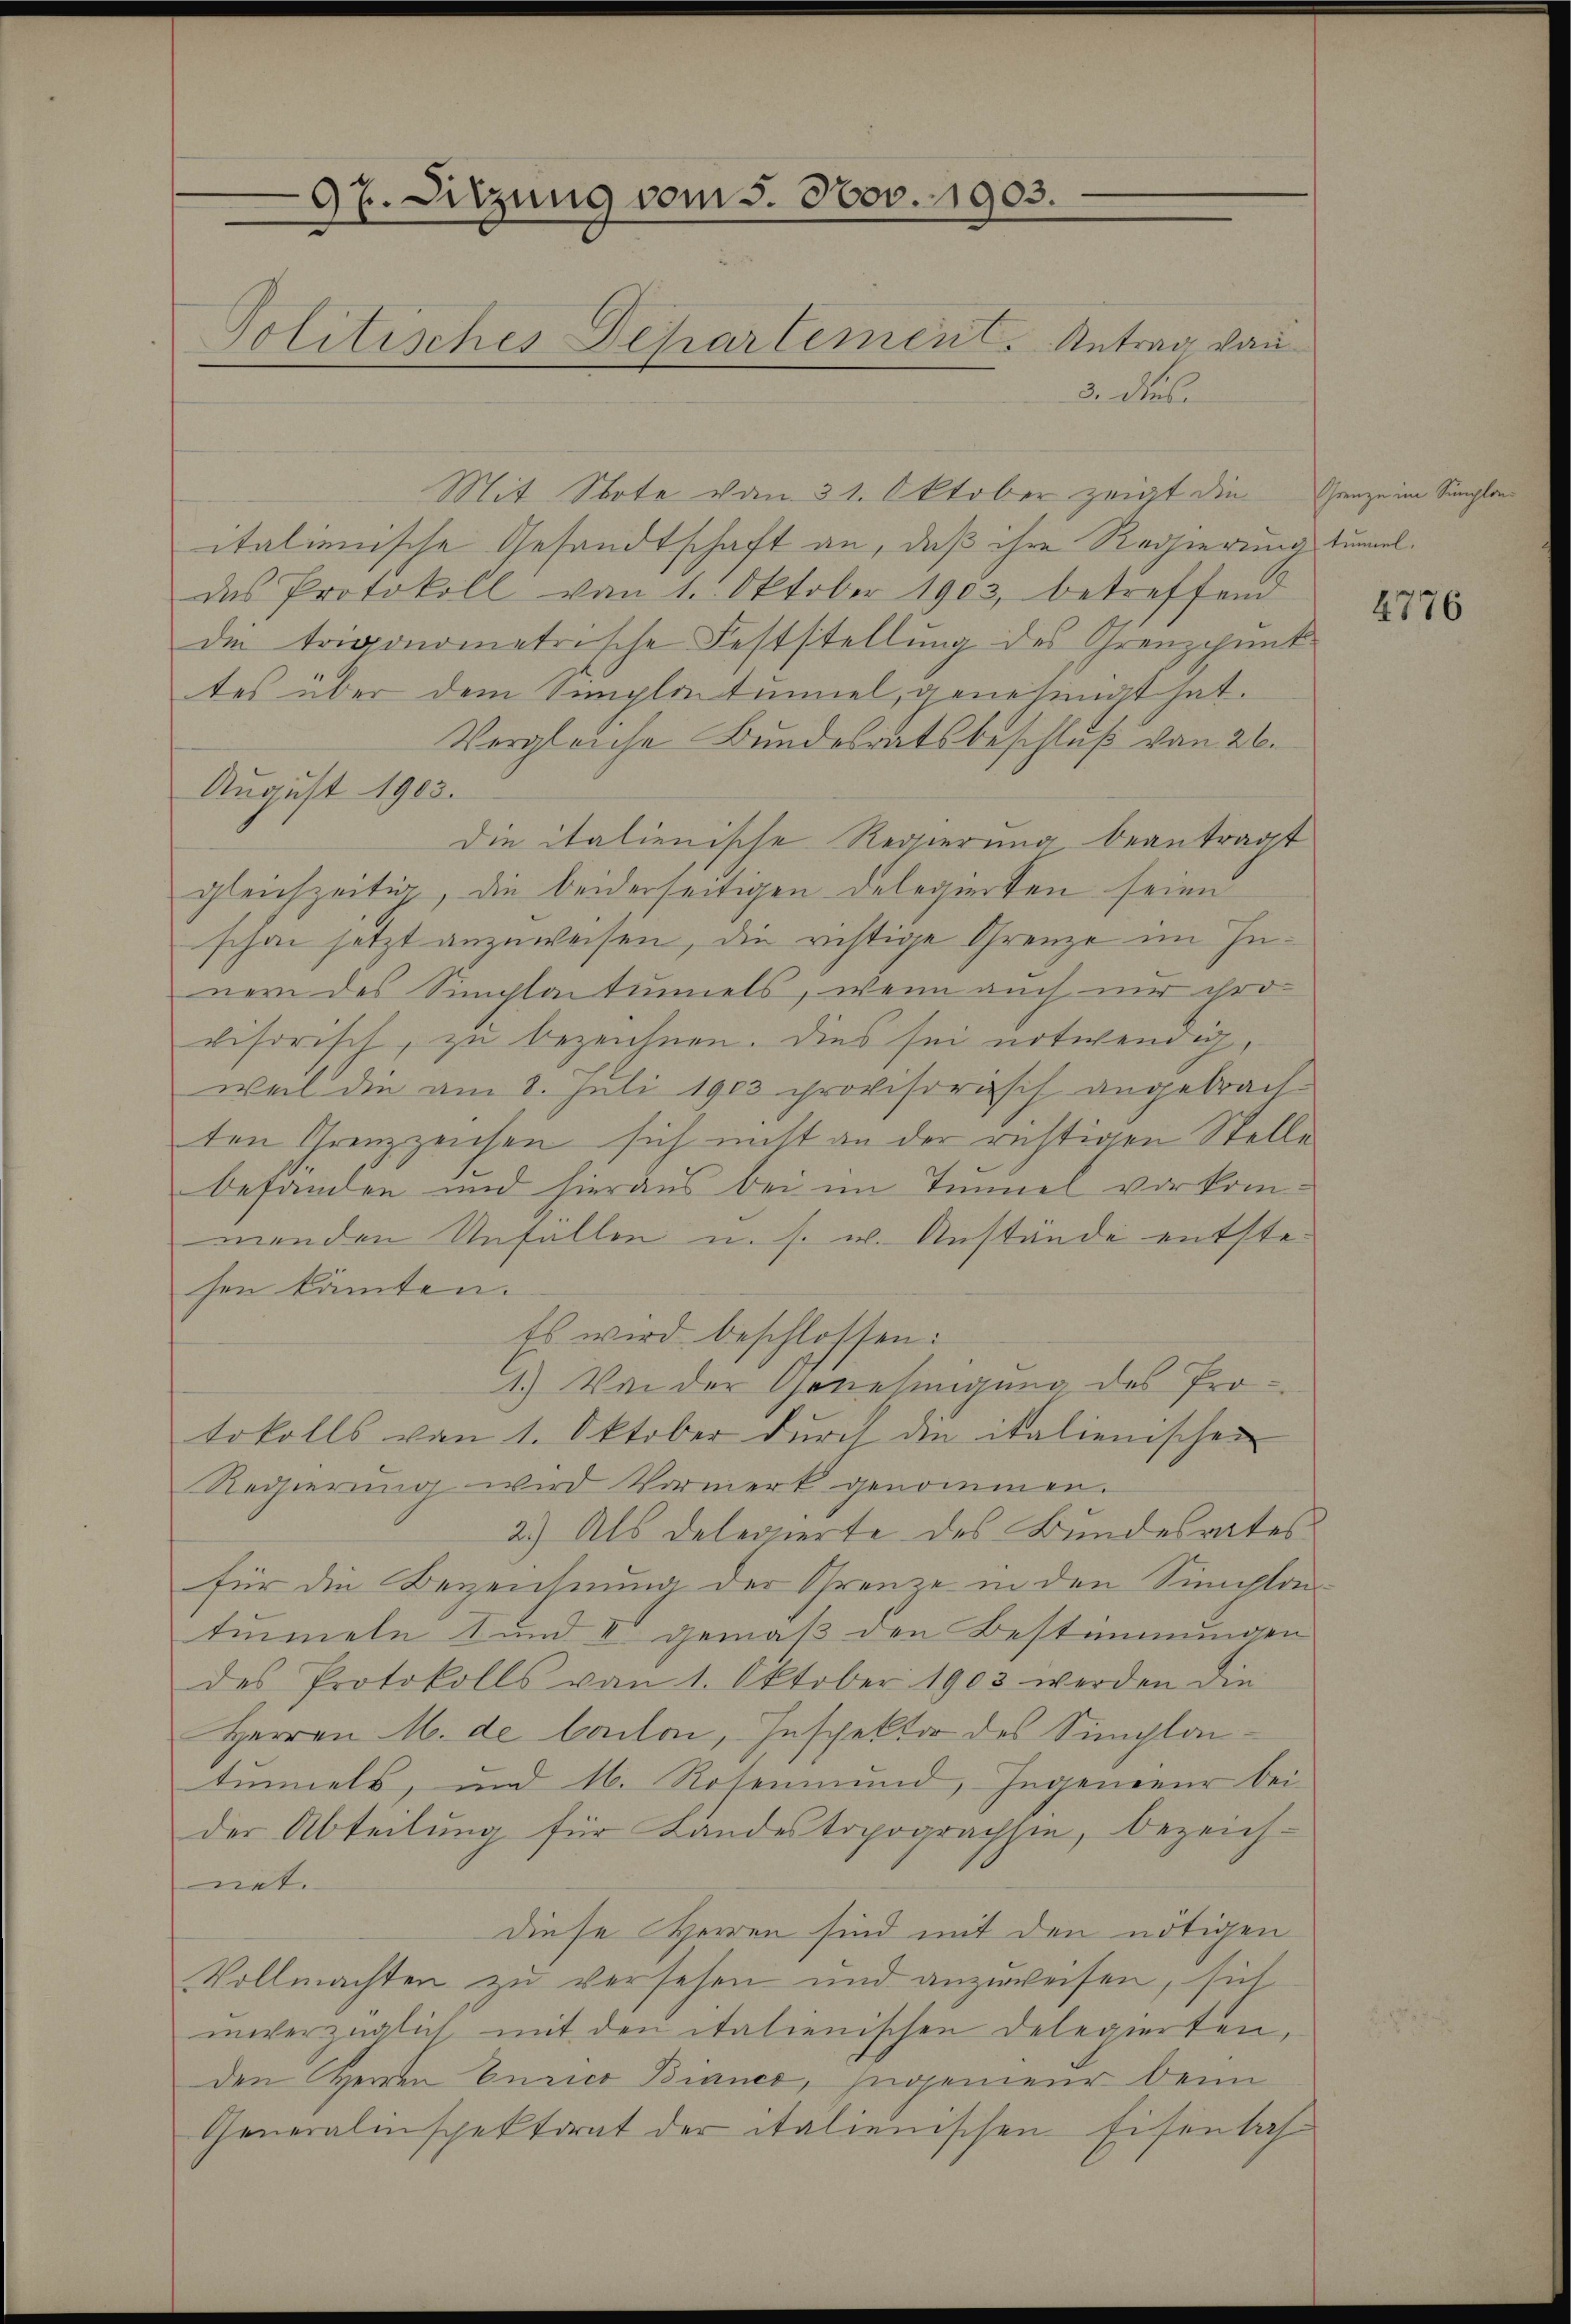
97. Sitzung vom 5. Nov. 1903.
—
Politisches Departemen. Antrag von

3. dies
Mit Note vom 31. Oktober zeigt die
italienische Gesandtschaft an, daß ihre Regierung tummel.
das Protokoll von 1. Oktober 1903, betreffend
die trigonometrische Feststellung des Grenzpunk
tes über dem Simpletumiel, genehmigt hat.
Vergleiche Bundesratsbeschluß von 26.
August 1903.
Die italienische Regierung beantragt
gleichzeitig, die beiderseitigen Delegierten seien
schon jetzt anzuweisen, die richtige Grenze im Inner des Semplacturels, wenn auch nur chrovisorisch, zu bezeichnen. Dies sei notwendig,
weil die am 8. Juli 1903 provisorisch angebrachten Grenzzeichen sich nicht an der richtigen Stelle
befanden und hieraus bei im Immel vorkommenden Unfallen u. s. w. Anstände entstehen könnten.
Es wird beschlossen:
1.) Von der Genehmigung des Protokolls von 1. Oktober durch die italienischen
Regierung wird Vormerk genommen.
2.) Als Delegierte des Bundesrates
für die Bezeichnung der Grenze in den Simplon
tummeln 1 und II gemäß den Bestimmungen
des Protokolls von 1. Oktober 1903 werden die
Herren M. de bailan, Inspektor des Simploitunels, und 16. Rosenmund, Ingenieur bei
der Abteilung für Landestopograchhin, bezeich-
net.
diese Herren sind mit den nötigen
Vollmachten zu versehen und anzuweisen, sich
unverzüglich mit den italienischen Delegierten.
den Herren Curico Bianca, Ingenieur beim
Generalinspektorat der italienischen Eisenbahn

Grenze im Sempla

f

4776